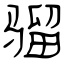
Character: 骝